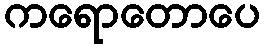
ကရောတောပေ